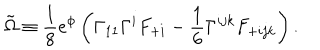
LaTeX: \tilde { \Omega } \equiv { \frac { 1 } { 8 } } e ^ { \phi } \left( \Gamma _ { 1 1 } \Gamma ^ { i } F _ { + i } - { \frac { 1 } { 6 } } \Gamma ^ { i j k } F _ { + i j k } \right) .